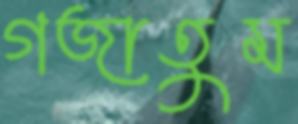
গজাতুম